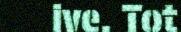
ive. Tot